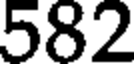
582